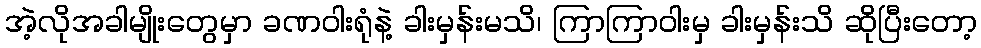
အဲ့လိုအခါမျိုးတွေမှာ ခဏဝါးရုံနဲ့ ခါးမှန်းမသိ၊ ကြာကြာဝါးမှ ခါးမှန်းသိ ဆိုပြီးတော့